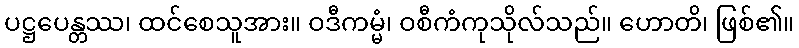
ပဋ္ဌပေန္တဿ၊ ထင်စေသူအား။ ဝဒီကမ္မံ၊ ဝစီကံကုသိုလ်သည်။ ဟောတိ၊ ဖြစ်၏။